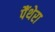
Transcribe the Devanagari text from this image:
पैंथेरा